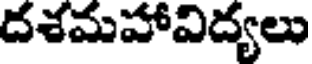
దశమహావిద్యలు